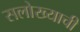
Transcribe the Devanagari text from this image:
सलोख्याची